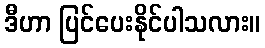
ဒီဟာ ပြင်ပေးနိုင်ပါသလား။